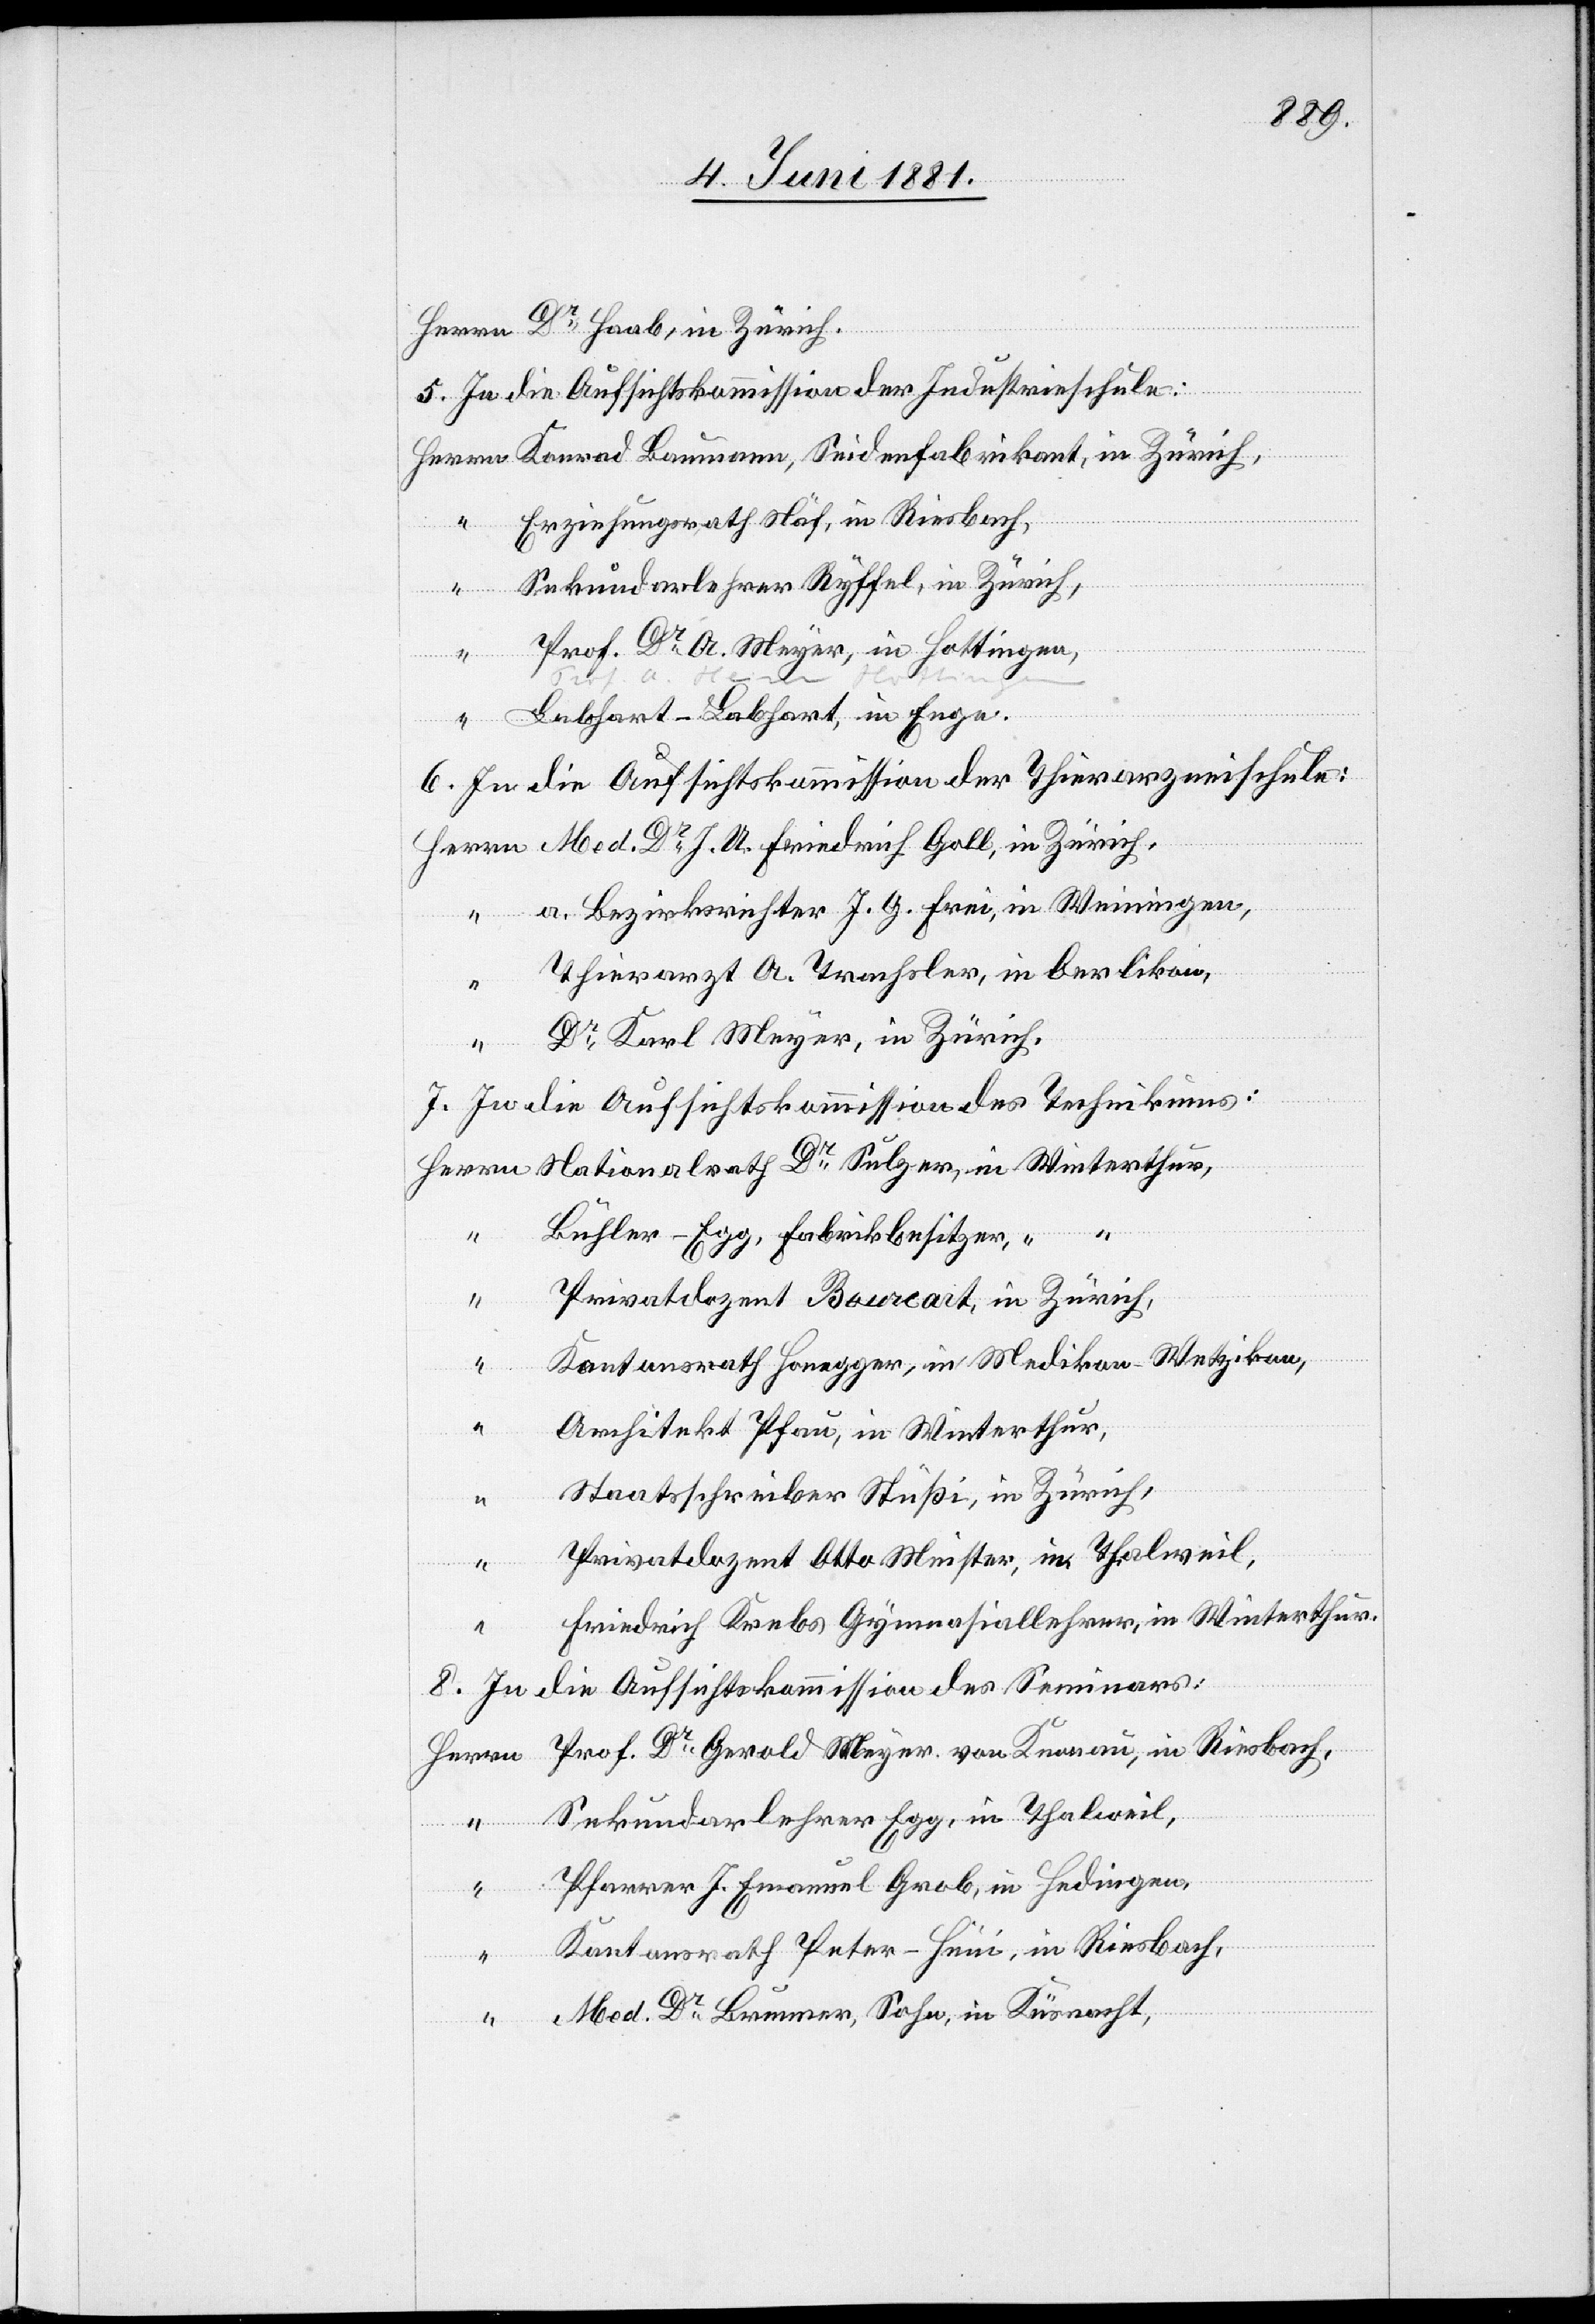
Dr Haab, in Zürich.
5. In die Aufsichtskommission der Industrieschule:
Erziehungsrath Näf, in Riesbach,
Sekundarlehrer Ryffel, in Zürich,
Prof. Dr A. Meyer, in Hottingen,
Winterthur,
in
Lebhart-Labhart, in Enge.
6. In die Aufsichtskommission der Thierarzneischule:
a. Bezirksrichter J. G. Erni, in Weiningen,
Thierarzt A. Trachsler, in Oerlikon,
Dr Karl Meyer, in Zürich.
7. In die Aufsichtskommission des Technikums:
“
“
Bühler-Egg, Fabrikbesitzer “
Privatdozent Bourcait, in Zürich,
Kantonsrath Honegger, in Medikon - Wetzikon
Architekt Pfau, in Winterthur,
Staatsschreiber Stüßi, in Zürich,
“
Privatdozent Otto Meister, in Thalweil,
“
Friedrich Krebs Gymnasiallehrer, in Winterthur,
8. In die Aufsichtskommission des Seminars:
Prof. Dr Gerold Meyer von Knonau, in Riesbach,
Herrn
Sekundarlehrer Egg, in Thalweil,
Pfarrer J. Emanuel Grob, in Hedingen,
“
Kantonsrath Peter-Hüni, in Riesbach,
Dr
“
Med. Dr Brunner, Sohn, in Küsnacht,